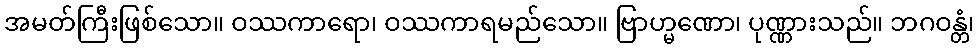
အမတ်ကြီးဖြစ်သော။ ဝဿကာရော၊ ဝဿကာရမည်သော။ ဗြာဟ္မဏော၊ ပုဏ္ဏားသည်။ ဘဂဝန္တံ၊